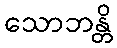
သောဘန္တိ